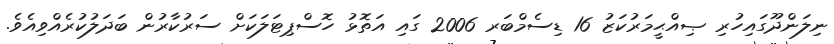
ނިލަންދޫގައިހުރި ޞިއްޙީމަރުކަޒު 16 ޑިސެމްބަރ 2006 ގައި އަތޮޅު ހޮސްޕިޓަލަކަށް ސަރުކާރުން ބަދަލުކުރެއްވިއެވެ.